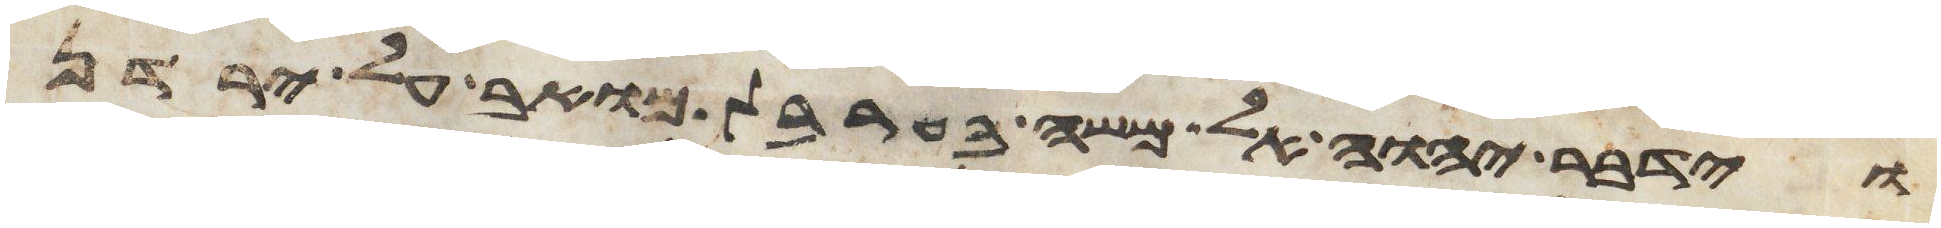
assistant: וידבר יהוה אל משה בערבת מואב על ירדן